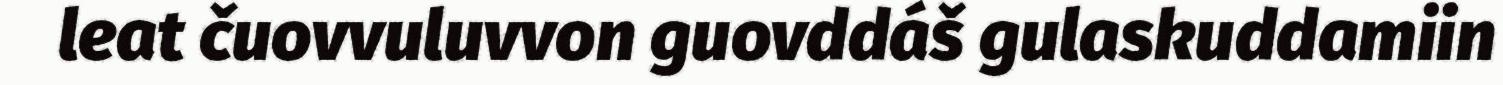
leat čuovvuluvvon guovddáš gulaskuddamiin